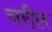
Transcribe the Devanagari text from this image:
चरील